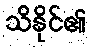
သိနိုင်၏